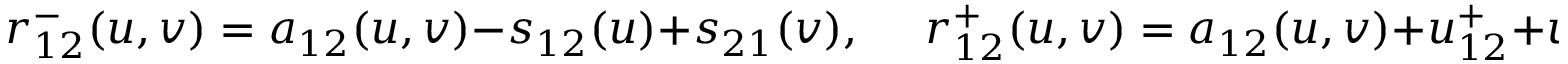
r _ { 1 2 } ^ { - } ( u , v ) = a _ { 1 2 } ( u , v ) - s _ { 1 2 } ( u ) + s _ { 2 1 } ( v ) , \mathrm { ~ \ \ \ } r _ { 1 2 } ^ { + } ( u , v ) = a _ { 1 2 } ( u , v ) + u _ { 1 2 } ^ { + } + u _ { 1 2 } ^ { - } ,